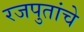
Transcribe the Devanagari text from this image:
रजपुतांचे